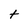
Character: t